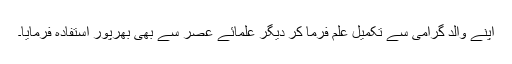
اپنے والد گرامی سے تکمیلِ علم فرما کر دیگر علمائے عصر سے بھی بھرپور استفادہ فرمایا۔